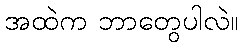
အထဲက ဘာတွေပါလဲ။